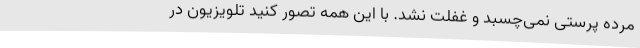
مرده پرستی نمی‌چسبد و غفلت نشد. با این همه تصور کنید تلویزیون در